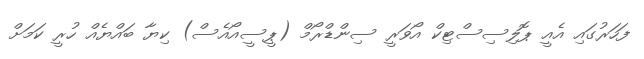
ފަހަރުގައި އެއީ ޕޮލިސިސްޓިކް އޯވަރީ ސިންޑްރޯމް (ޕީސީއޯއެސް) ކިޔާ ބައްޔެއް ހުރީ ކަމަށް